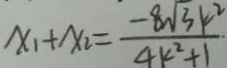
x _ { 1 } + x _ { 2 } = \frac { - 8 \sqrt { 3 } k ^ { 2 } } { 4 k ^ { 2 } + 1 }